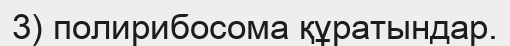
3) полирибосома құратындар.